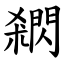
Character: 閷